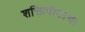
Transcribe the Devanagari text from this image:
शक्तिपीठाचा